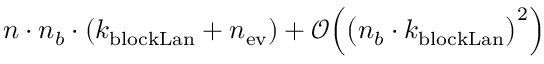
n \cdot n _ { b } \cdot ( k _ { \mathrm { b l o c k L a n } } + n _ { \mathrm { e v } } ) + \mathcal { O } \Big ( \big ( n _ { b } \cdot k _ { \mathrm { b l o c k L a n } } \big ) ^ { 2 } \Big )